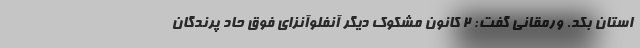
استان بکد. ورمقانی گفت: ۲ کانون مشکوک دیگر آنفلوآنزای فوق حاد پرندگان